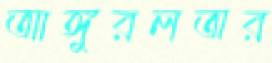
আঙ্গুরলতার